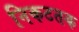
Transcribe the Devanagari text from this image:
निकटतक